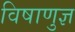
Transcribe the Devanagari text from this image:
विषाणुज्ञ